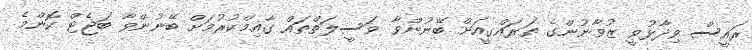
ރައީސް ވިދާޅުވީ ޒުވާނުންގެ ތަރައްގީއަށް ބޭނުންވާ ވަސީލަތްތައް ގާއިމްކުރުމަށް ބޭނުންވާ ބަޖެޓް ކޮންމެ